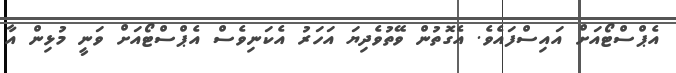
އެޕްސްޓޯއަށް އައިސްފައެވެ. އެގޮތުން ވޭތުވެދިޔަ އަހަރު އެކަނިވެސް އެޕްސްޓޯއަށް ވަނީ މުޅިން އާ